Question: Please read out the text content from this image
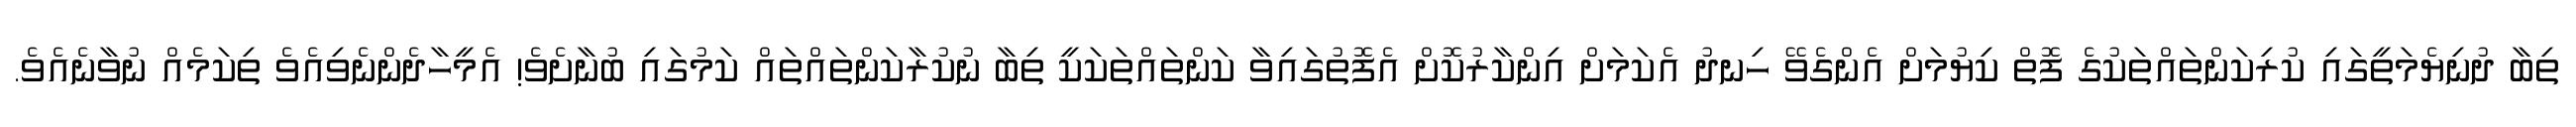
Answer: ތިބާ ދުނިޔެމަތީގައި ކުރިކަންތައްތަކުގެ ފޮތް ކިޔުމަށް އެންގެވޭ ހިނދު އެކަމަށް އިންކާރުކޮށް އެފޮތުގައިވާ ކަންތައްތަކަކީ ތިބާ ނުކުރާކަންތައްތައް ކަމުގައި ބުނާށެވެ! އެމީހާދެންނެވިއެވެ ތިކަމެއް ނުވާނެއެވެ.